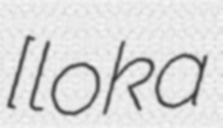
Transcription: [ˈloːka